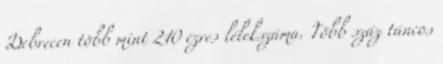
Debrecen több mint 210 ezres lélekszáma. Több száz táncos